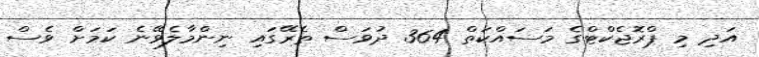
އަދި މި ޕްރޮޖެކްޓްގެ މަސައްކަތް 364 ދުވަސް ތެރޭގައި ނިންމާލެވޭނެ ކަމަށް ވެސް